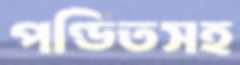
পণ্ডিতসহ